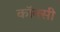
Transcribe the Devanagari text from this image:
कॉक्सी